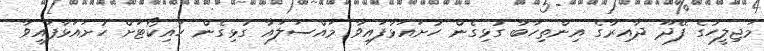
މަޖިލީހުގެ ފޭދޫ ދާއިރާގެ އިންތިހާބާ ގުޅިގެން ހުށައަޅާފައިވާ މައްސަލައާ ގުޅިގެން ހައިކޯޓަށް ހުށައަޅާފައިވާ